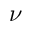
\nu